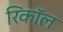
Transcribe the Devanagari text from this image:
रिकाॅल